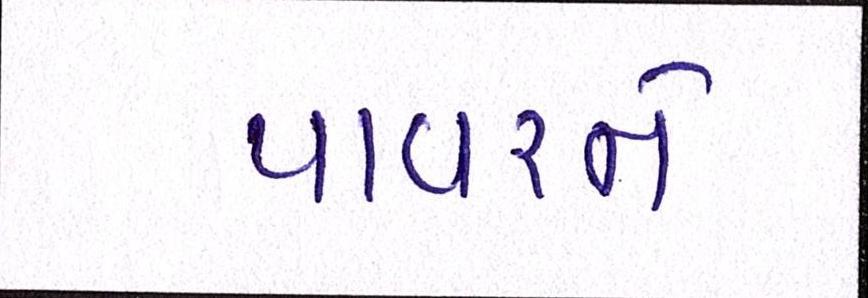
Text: પાવરને